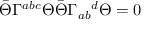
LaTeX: \bar { \Theta } \Gamma ^ { a b c } \Theta \bar { \Theta } \Gamma _ { a b } { } ^ { d } \Theta = 0